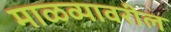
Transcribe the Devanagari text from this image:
माळव्यावरील